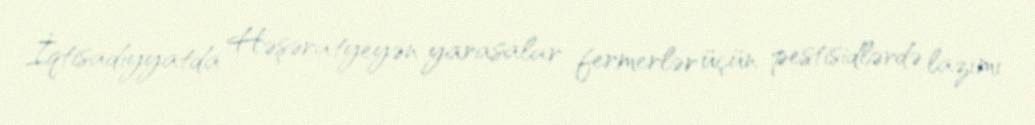
İqtisadiyyatda Həşəratyeyən yarasalar fermerlər üçün pestisidlərdə lazımı